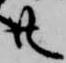
共